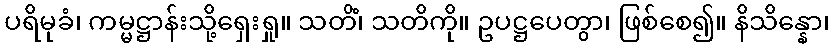
ပရိမုခံ၊ ကမ္မဋ္ဌာန်းသို့ရှေးရှု။ သတိံ၊ သတိကို။ ဥပဋ္ဌပေတွာ၊ ဖြစ်စေ၍။ နိသိန္နော၊